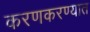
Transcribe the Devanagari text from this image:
करणकरण्यात